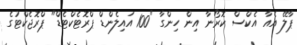
ޕާލޭ އެއާ އެކްސް ކޮރޯނާ އިން ހިންގާ "100 އައިލެންޑް ޕްރޮޓެކްޓެޑް" ޕްރޮޖެކްޓުގެ